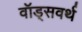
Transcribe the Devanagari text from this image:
वॉड्सवर्थ